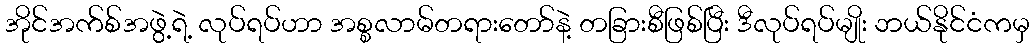
အိုင်အက်စ်အဖွဲ့ရဲ့ လုပ်ရပ်ဟာ အစ္စလာမ်တရားတော်နဲ့ တခြားစီဖြစ်ပြီး ဒီလုပ်ရပ်မျိုး ဘယ်နိုင်ငံကမှ